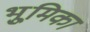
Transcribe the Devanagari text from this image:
भूुमिका